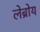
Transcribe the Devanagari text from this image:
लेब्रोय